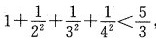
$$1 + \frac { 1 } { 2 ^ { 2 } } + \frac { 1 } { 3 ^ { 2 } } + \frac { 1 } { 4 ^ { 2 } } < \frac { 5 } { 3 }$$，